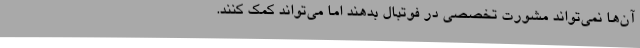
آن‌ها نمی‌تواند مشورت تخصصی در فوتبال بدهند اما می‌تواند کمک کنند.